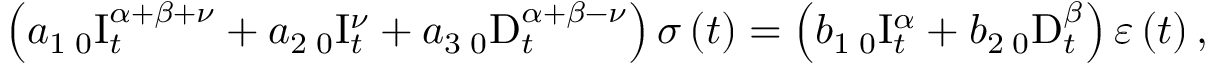
\left( a _ { 1 } \, _ { 0 } \mathrm { I } _ { t } ^ { \alpha + \beta + \nu } + a _ { 2 } \, _ { 0 } \mathrm { I } _ { t } ^ { \nu } + a _ { 3 } \, _ { 0 } \mathrm { D } _ { t } ^ { \alpha + \beta - \nu } \right) \sigma \left( t \right) = \left( b _ { 1 } \, _ { 0 } \mathrm { I } _ { t } ^ { \alpha } + b _ { 2 } \, _ { 0 } \mathrm { D } _ { t } ^ { \beta } \right) \varepsilon \left( t \right) ,